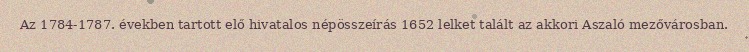
Az 1784-1787. években tartott elő hivatalos népösszeírás 1652 lelket talált az akkori Aszaló mezővárosban.